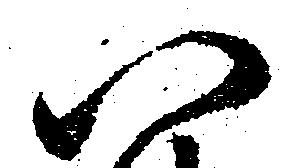
八